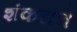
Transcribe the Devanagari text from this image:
शंकरांचे